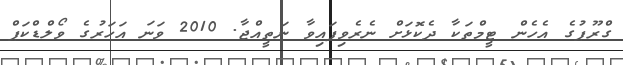
ގްރޫޕުގެ އެހެން ޓީމްތަކާ ދެކޮޅަށް ނެރެވިފައިވާ ނަތީއްޖާ. 2010 ވަނަ އަހަރުގެ ވޯލްޑްކަޕް